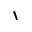
\backprime